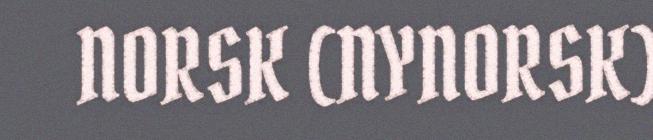
NORSK (NYNORSK)